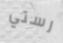
رستي